Vabadussoja_Ajaloo_Komitee, lk 36
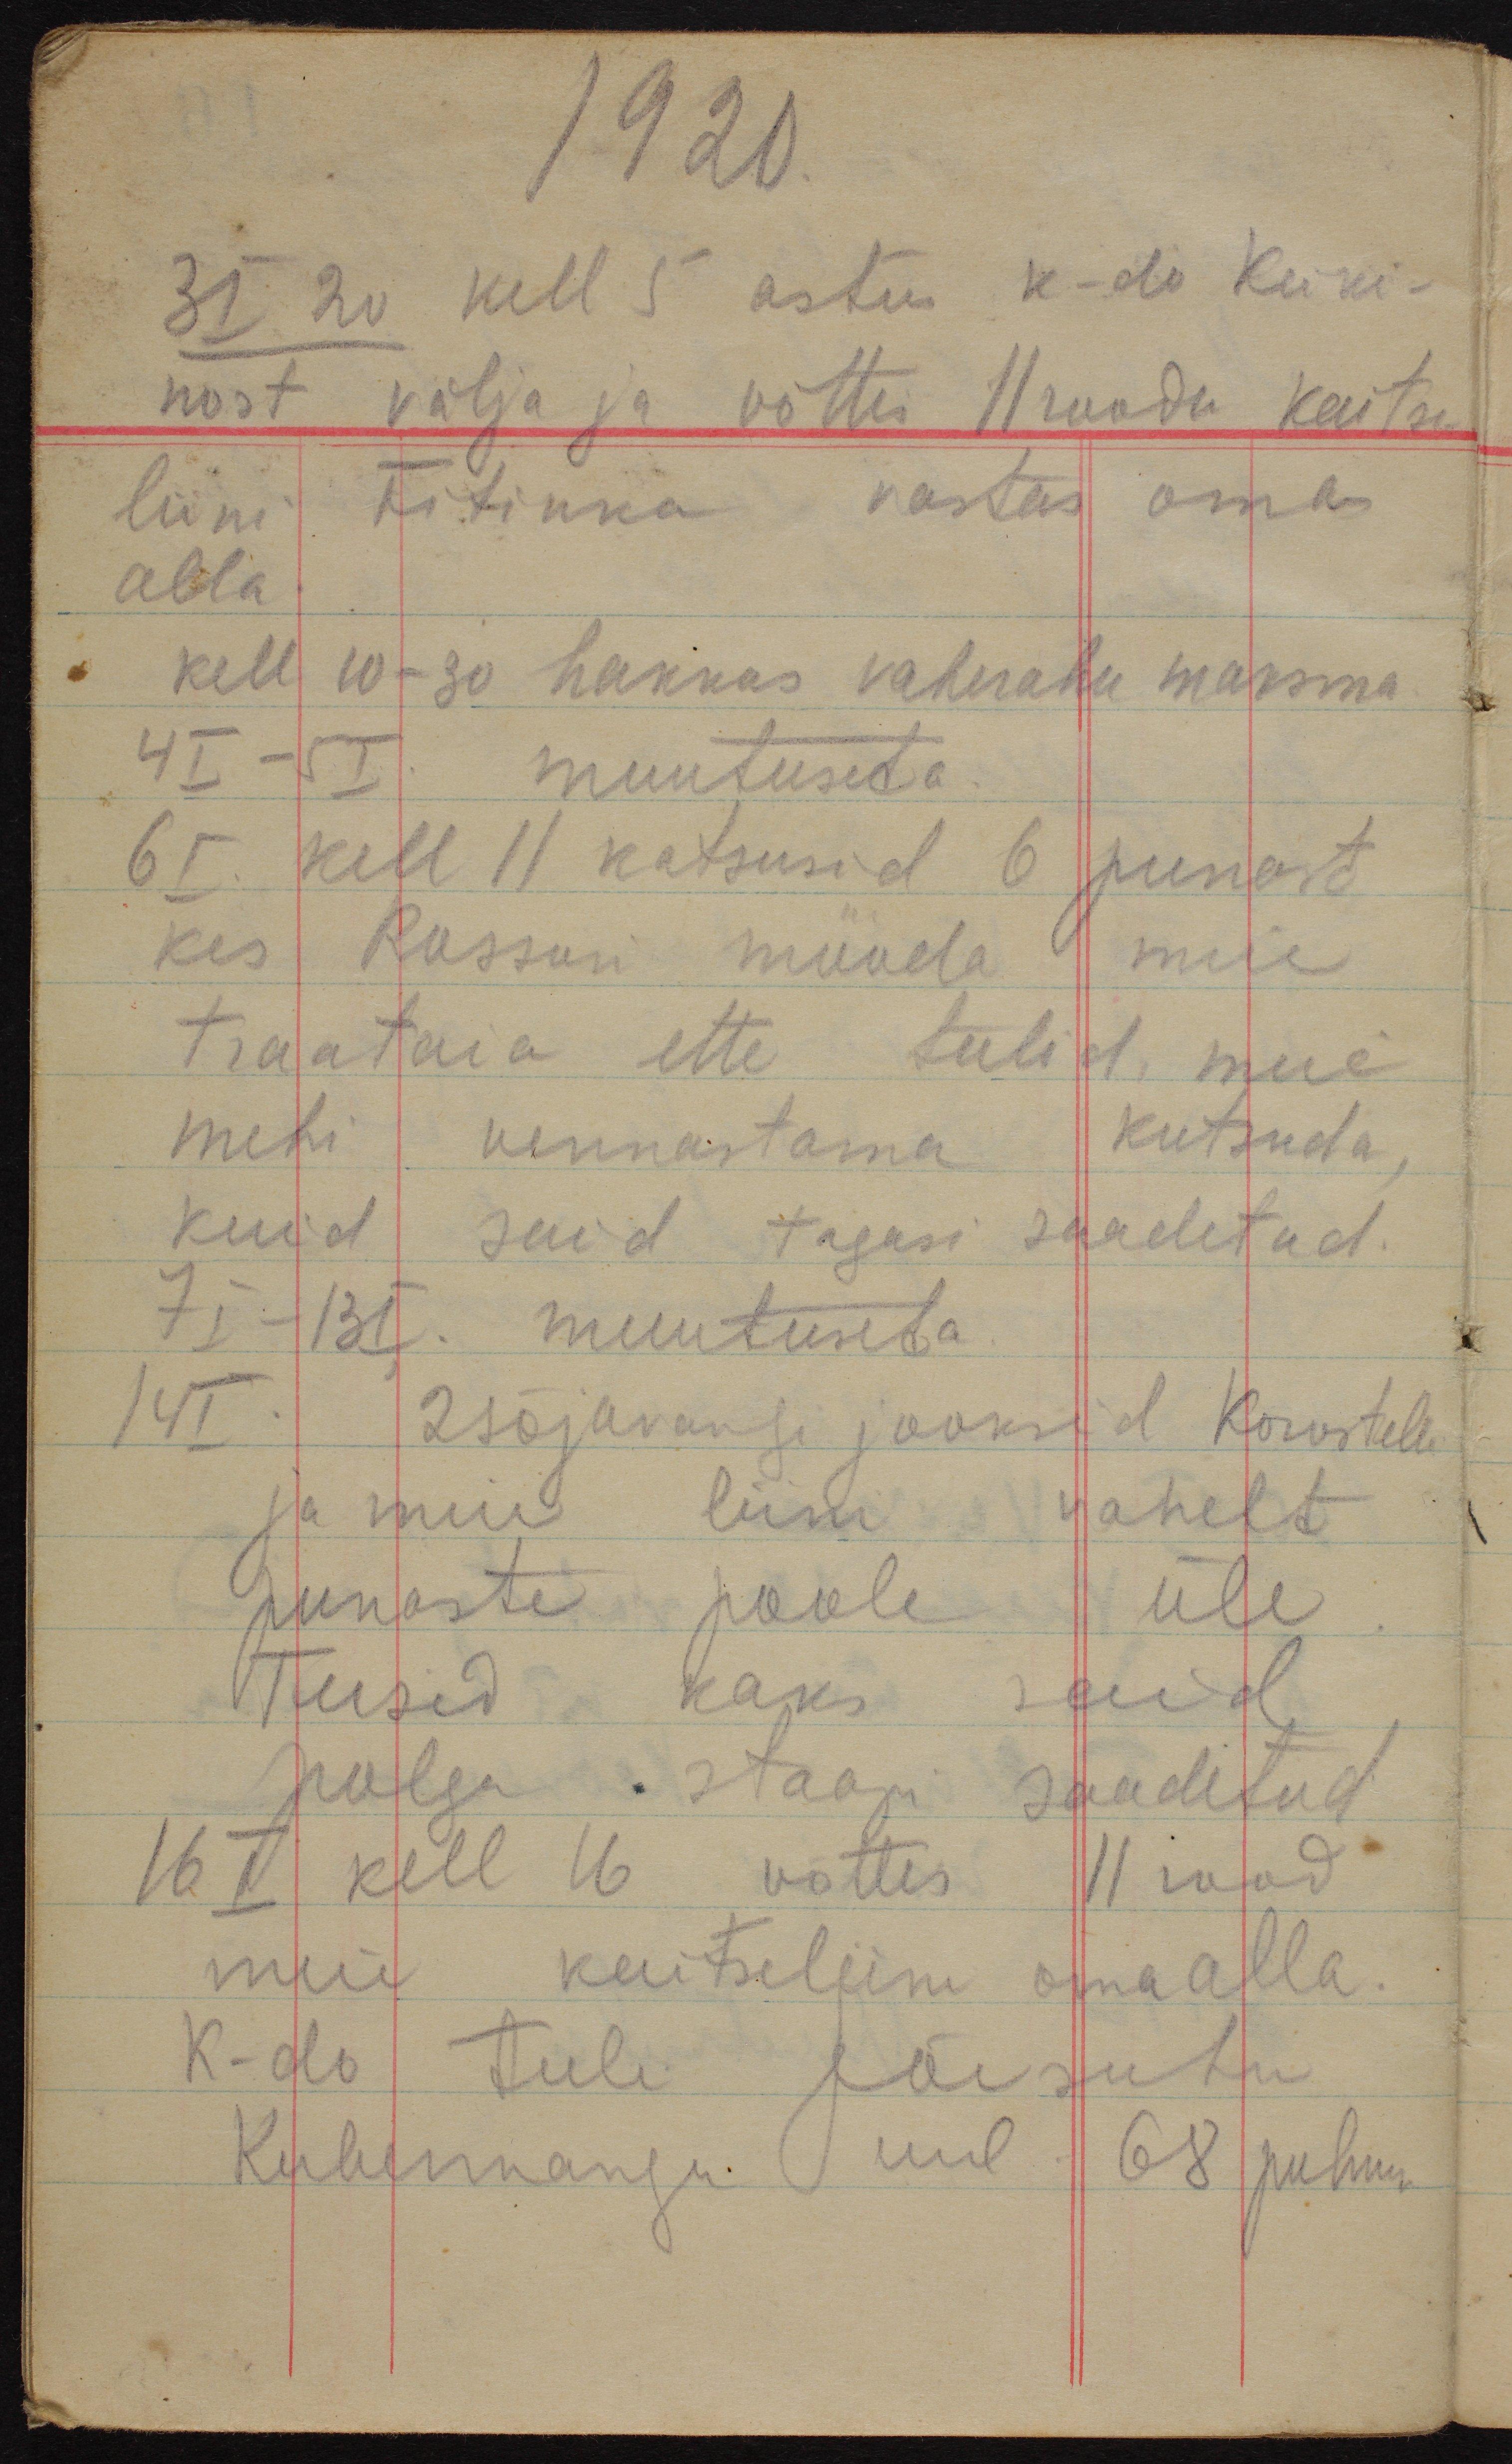
1920.
3 I 20 kell 5 astus k-do Keiki-
nost välja ja võttis 11 roodu kaitse-
liini Fitinka vastas oma
alla.
kell 10-30 hakkas vaherahu maksma
4 I - 5 I muutuseta.
6 I kell 11 katsusid 6 punast
kes Rossoni mööda meie
traataia ette tulid, meie
mehi vennastama kutsuda,
kuid said tagasi saadetud.
7 I - 13 I. muutuseta.
14 I. 2 sõjavangi jooksid Korostelli
ja meie liini vahelt
punaste poole üle.
Teised kaks said
polgu staapi saadetud
16  I kell 16 võttis 11 rood
meie kaitseliini oma alla.
K-do tuli Jõesuhu
Kubermangu uul 68 puhkus